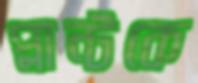
প্লান্টকে